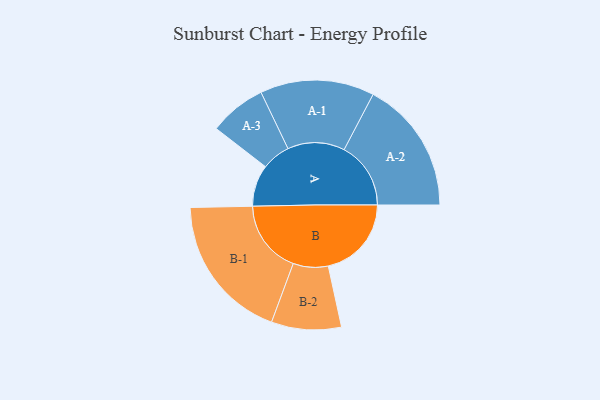
{"axis": {"x": "Segment", "y": "Value"}, "legend": ["", "A", "B"], "data": [{"x": "A", "y": 169, "type": ""}, {"x": "B", "y": 338, "type": ""}, {"x": "A-1", "y": 232, "type": "A"}, {"x": "A-2", "y": 271, "type": "A"}, {"x": "A-3", "y": 116, "type": "A"}, {"x": "B-1", "y": 298, "type": "B"}, {"x": "B-2", "y": 142, "type": "B"}]}